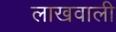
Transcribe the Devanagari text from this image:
लाखवाली